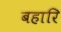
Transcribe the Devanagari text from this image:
बहारि